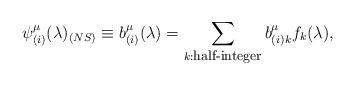
LaTeX: \begin{align*}\psi^{\mu}_{(i)} (\lambda)_{(NS)} \equiv b^{\mu}_{(i)}(\lambda) = \sum_{k:\mbox{\footnotesize half-integer}} b^{\mu}_{(i) k} f_{k} (\lambda),\end{align*}